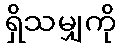
ရှိသမျှကို